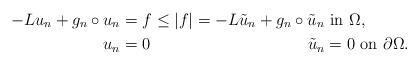
LaTeX: \begin{align*}-L u_n + g_n \circ u_n & = f \leq |f| = -L \tilde{u}_n + g_n\circ \tilde{u}_n \,\,\mbox{in}\,\, \Omega,\\u_n & =0\,\,\,\,\,~~~~~~~~~~~~~~~~~~~~~~~~~~\, \tilde{u}_n= 0\,\,\mbox{on}\,\,\partial\Omega.\end{align*}